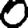
Digit: 0